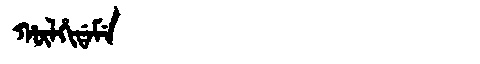
Manchu: ᡥᡡᠯᡥᡳᡩᠠᠮᡝ
Romanization: HŪLHIDAME